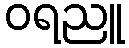
ဝရညူ